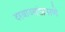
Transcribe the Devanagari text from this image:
दरवाज्यांप्रमाणे